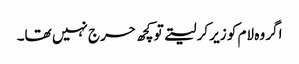
اگر وہ لام کو زیر کر لیتے تو کچھ حرج نہیں تھا۔